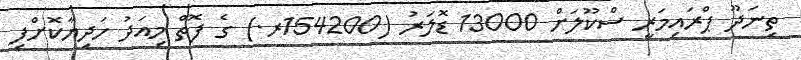
ތިނަދޫ ޕްރައިމަރީ ސްކޫލަށް 13000 ޑޮލަރު (154200ރ.) ގެ ފޮތް މިއަދު ހަދިޔާކޮށްފި